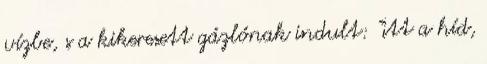
vízbe, s a kikeresett gázlónak indult: "itt a híd,